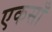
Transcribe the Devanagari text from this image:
एकसाँ